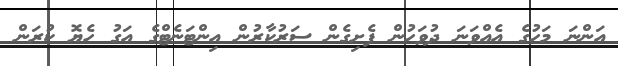
އަންނަ މަހުގެ އެއްވަނަ ދުވަހުން ފެށިގެން ސަރުކާރުން އިންޓަނެޓްގެ އަގު ހެޔޮ ކުރަން